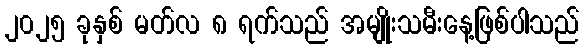
၂၀၂၅ ခုနှစ် မတ်လ ၈ ရက်သည် အမျိုးသမီးနေ့ဖြစ်ပါသည်